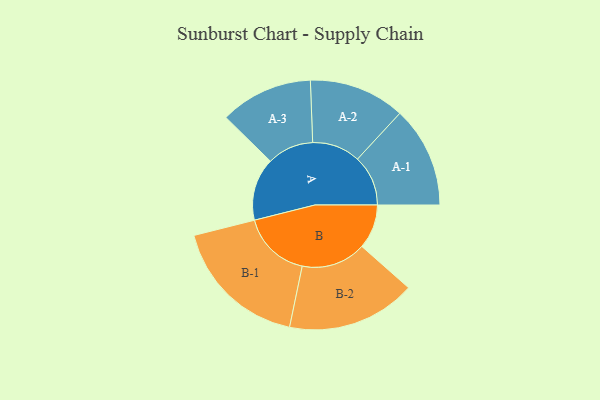
{"axis": {"x": "Segment", "y": "Value"}, "legend": ["", "A", "B"], "data": [{"x": "A", "y": 274, "type": ""}, {"x": "B", "y": 194, "type": ""}, {"x": "A-1", "y": 221, "type": "A"}, {"x": "A-2", "y": 210, "type": "A"}, {"x": "A-3", "y": 203, "type": "A"}, {"x": "B-1", "y": 300, "type": "B"}, {"x": "B-2", "y": 282, "type": "B"}]}